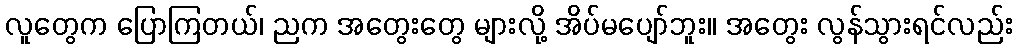
လူတွေက ပြောကြတယ်၊ ညက အတွေးတွေ များလို့ အိပ်မပျော်ဘူး။ အတွေး လွန်သွားရင်လည်း